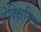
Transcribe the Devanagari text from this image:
ट्रेक्क्षितिज